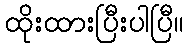
ထိုးထားပြီးပါပြီ။